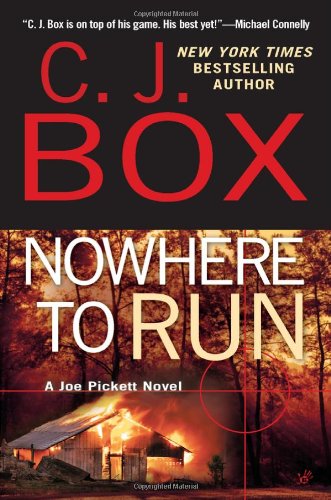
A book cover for Nowhere to Run (A Joe Pickett Novel); C. J. Box; Parenting & Relationships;